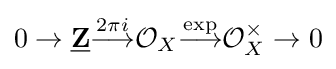
0\to {\underline {\mathbf {Z} }}{\stackrel {2\pi i}{\longrightarrow }}{\mathcal {O}}_{X}{\stackrel {\operatorname {exp} }{\longrightarrow }}{\mathcal {O}}_{X}^{\times }\to 0